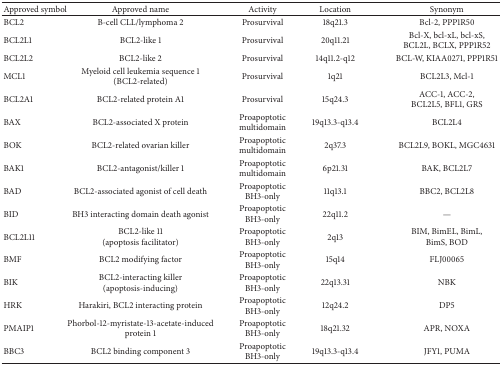
<table><thead><tr><td><b>Approved symbol</b></td><td><b>Approved name</b></td><td><b>Activity</b></td><td><b>Location</b></td><td><b>Synonym</b></td></tr></thead><tbody><tr><td>BCL2</td><td>B-cell CLL/lymphoma 2</td><td>Prosurvival</td><td>18q21.3</td><td>Bcl-2, PPP1R50</td></tr><tr><td>BCL2L1</td><td>BCL2-like 1</td><td>Prosurvival</td><td>20q11.21</td><td>Bcl-X, bcl-xL, bcl-xS,BCL2L, BCLX, PPP1R52</td></tr><tr><td>BCL2L2</td><td>BCL2-like 2</td><td>Prosurvival</td><td>14q11.2-q12</td><td>BCL-W, KIAA0271, PPP1R51</td></tr><tr><td>MCL1</td><td>Myeloid cell leukemia sequence 1(BCL2-related)</td><td>Prosurvival</td><td>1q21</td><td>BCL2L3, Mcl-1</td></tr><tr><td>BCL2A1</td><td>BCL2-related protein A1</td><td>Prosurvival</td><td>15q24.3</td><td>ACC-1, ACC-2,BCL2L5, BFL1, GRS</td></tr><tr><td>BAX</td><td>BCL2-associated X protein</td><td>Proapoptoticmultidomain</td><td>19q13.3-q13.4</td><td>BCL2L4</td></tr><tr><td>BOK</td><td>BCL2-related ovarian killer</td><td>Proapoptoticmultidomain</td><td>2q37.3</td><td>BCL2L9, BOKL, MGC4631</td></tr><tr><td>BAK1</td><td>BCL2-antagonist/killer 1</td><td>Proapoptoticmultidomain</td><td>6p21.31</td><td>BAK, BCL2L7</td></tr><tr><td>BAD</td><td>BCL2-associated agonist of cell death</td><td>ProapoptoticBH3-only</td><td>11q13.1</td><td>BBC2, BCL2L8</td></tr><tr><td>BID</td><td>BH3 interacting domain death agonist</td><td>ProapoptoticBH3-only</td><td>22q11.2</td><td>—</td></tr><tr><td>BCL2L11</td><td>BCL2-like 11(apoptosis facilitator)</td><td>ProapoptoticBH3-only</td><td>2q13</td><td>BIM, BimEL, BimL,BimS, BOD</td></tr><tr><td>BMF</td><td>BCL2 modifying factor</td><td>ProapoptoticBH3-only</td><td>15q14</td><td>FLJ00065</td></tr><tr><td>BIK</td><td>BCL2-interacting killer (apoptosis-inducing)</td><td>ProapoptoticBH3-only</td><td>22q13.31</td><td>NBK</td></tr><tr><td>HRK</td><td>Harakiri, BCL2 interacting protein</td><td>ProapoptoticBH3-only</td><td>12q24.2</td><td>DP5</td></tr><tr><td>PMAIP1</td><td>Phorbol-12-myristate-13-acetate-induced protein 1</td><td>ProapoptoticBH3-only</td><td>18q21.32</td><td>APR, NOXA</td></tr><tr><td>BBC3</td><td>BCL2 binding component 3</td><td>ProapoptoticBH3-only</td><td>19q13.3-q13.4</td><td>JFY1, PUMA</td></tr></tbody></table>